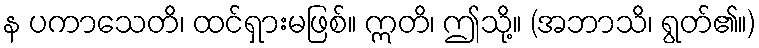
န ပကာသေတိ၊ ထင်ရှားမဖြစ်။ ဣတိ၊ ဤသို့။ (အဘာသိ၊ ရွတ်၏။)